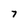
Character: 7